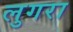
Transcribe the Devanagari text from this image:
लुगरा